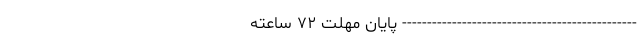
----------------------------------------------- پایان مهلت ۷۲ ساعته